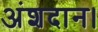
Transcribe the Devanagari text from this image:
अंशदान।